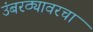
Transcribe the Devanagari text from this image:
उंबरठ्यावरचा